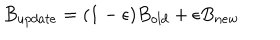
LaTeX: B _ { u p d a t e } = ( 1 - \epsilon ) B _ { o l d } + \epsilon B _ { n e w }